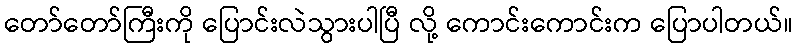
တော်တော်ကြီးကို ပြောင်းလဲသွားပါပြီ လို့ ကောင်းကောင်းက ပြောပါတယ်။